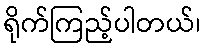
ရိုက်ကြည့်ပါတယ်၊